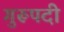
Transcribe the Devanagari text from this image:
गुरूपदी